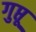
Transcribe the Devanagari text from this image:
गुप्तू